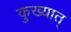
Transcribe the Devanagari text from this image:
कुख्यात्